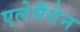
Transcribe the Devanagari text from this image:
एलेमैंगेन